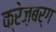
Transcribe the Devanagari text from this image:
क्रेज़बर्ग